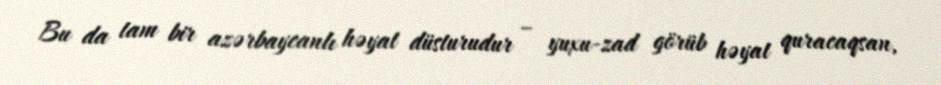
Bu da tam bir azərbaycanlı həyat düsturudur – yuxu-zad görüb həyat quracaqsan,